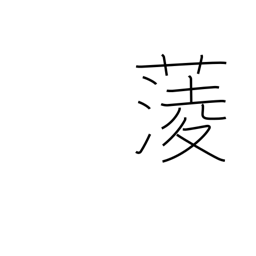
Meaning: water chestnut